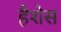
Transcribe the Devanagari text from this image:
हैशेस